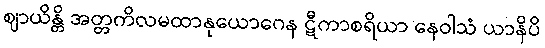
ဈာယိန္တိ အတ္တကိလမထာနုယောဂေန ဋီကာစရိယာ နေဝါသံ ယာနိပိ